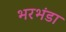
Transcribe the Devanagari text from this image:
भरभंडा